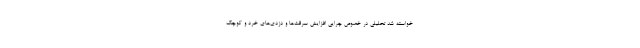
خواسته‌ شد تحلیلی در خصوص چرایی افزایش سرقت‌ها و دزدی‌های خرد و کوچک